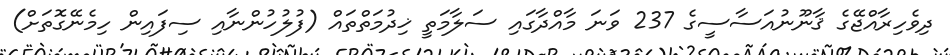
ދިވެހިރާއްޖޭގެ ޤާނޫނުއަސާސީގެ 237 ވަނަ މާއްދާގައި ސަލާމަތީ ޚިދުމަތްތައް (ފުލުހުންނާއި ސިފައިން ހިމެނޭގޮތަށް)